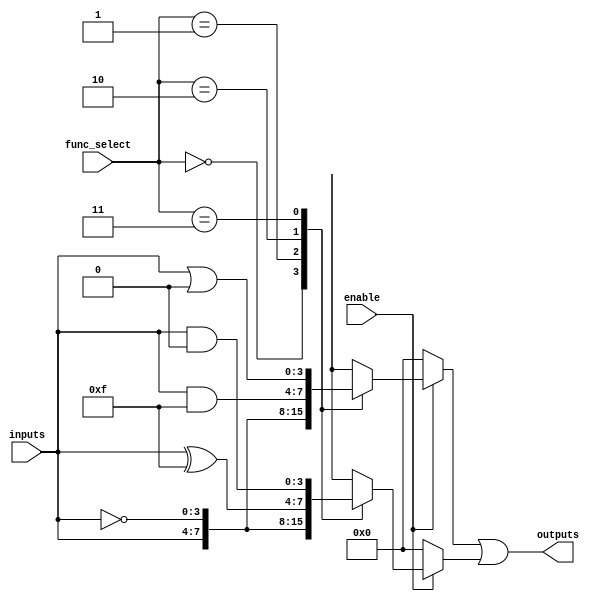
module CLB (
    input wire [3:0] inputs,        // 4 input lines
    input wire [1:0] func_select,   // Function select for LFUs
    input wire enable,               // Enable signal
    output wire [3:0] outputs        // 4 output lines
);

// Internal signals
wire [3:0] lf1_out, lf2_out;      // Outputs from LFUs
wire [3:0] interconnect;           // Interconnect signal

// Logic Function Units (LFUs)
function [3:0] LFU1;
    input [3:0] in;
    input [1:0] sel;
    begin
        case(sel)
            2'b00: LFU1 = in;                  // Identity
            2'b01: LFU1 = ~in;                 // NOT
            2'b10: LFU1 = in & 4'b1111;        // AND with all ones (identity)
            2'b11: LFU1 = in | 4'b0000;        // OR with all zeros (identity)
            default: LFU1 = 4'b0000;
        endcase
    end
endfunction

function [3:0] LFU2;
    input [3:0] in;
    input [1:0] sel;
    begin
        case(sel)
            2'b00: LFU2 = in;                  // Identity
            2'b01: LFU2 = ~in;                 // NOT
            2'b10: LFU2 = in ^ 4'b1111;        // XOR with all ones
            2'b11: LFU2 = in & ~4'b1111;       // AND with inverted input
            default: LFU2 = 4'b0000;
        endcase
    end
endfunction

// Instantiate LFUs
assign lf1_out = enable ? LFU1(inputs, func_select) : 4'b0000;
assign lf2_out = enable ? LFU2(inputs, func_select) : 4'b0000;

// Programmable Interconnect
assign interconnect = lf1_out | lf2_out; // Example interconnect (OR operation)

// Output Assignment
assign outputs = interconnect;

endmodule